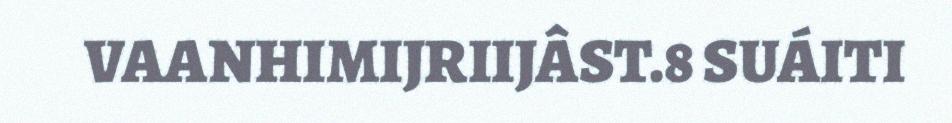
VAANHIMIJRIIJÂST.8 SUÁITI